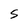
Character: S